Lock hospitals Punjab
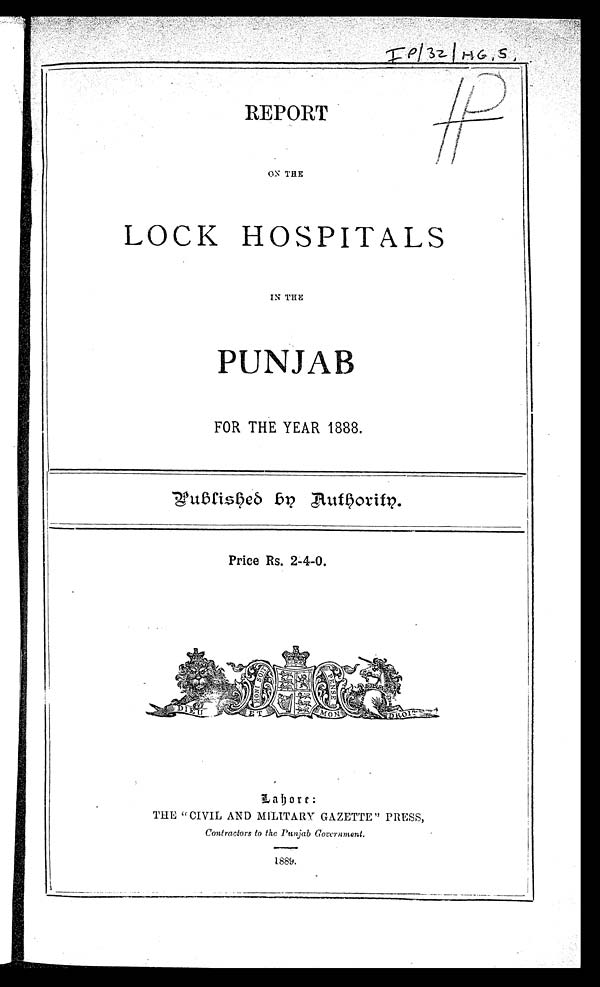
REPORT
ON THE
LOCK HOSPITALS
IN THE
PUNJAB
FOR THE YEAR 1888.
Published by Authority.
Price Rs. 2-4-0.
L ahoro re: :
THE " CIVIL AND MILITARY GAZETTE " PRESS,
Contractors to the Punjab Government.
1889.